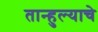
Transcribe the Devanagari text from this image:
तान्हुल्याचे